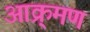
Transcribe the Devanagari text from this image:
आक्र्मण